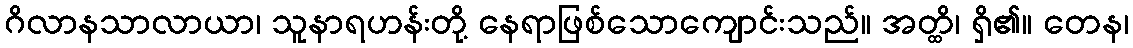
ဂိလာနသာလာယာ၊ သူနာရဟန်းတို့ နေရာဖြစ်သောကျောင်းသည်။ အတ္ထိ၊ ရှိ၏။ တေန၊